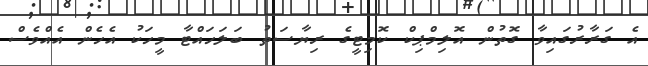
އެ ގަރާރުގައިވާ ގޮތުން އޮލިމްޕިކް ކޮމިޓީގެ ރިޔާސަތު ބަލަހައްޓާ މީހަކު އެހެން އެއްވެސް